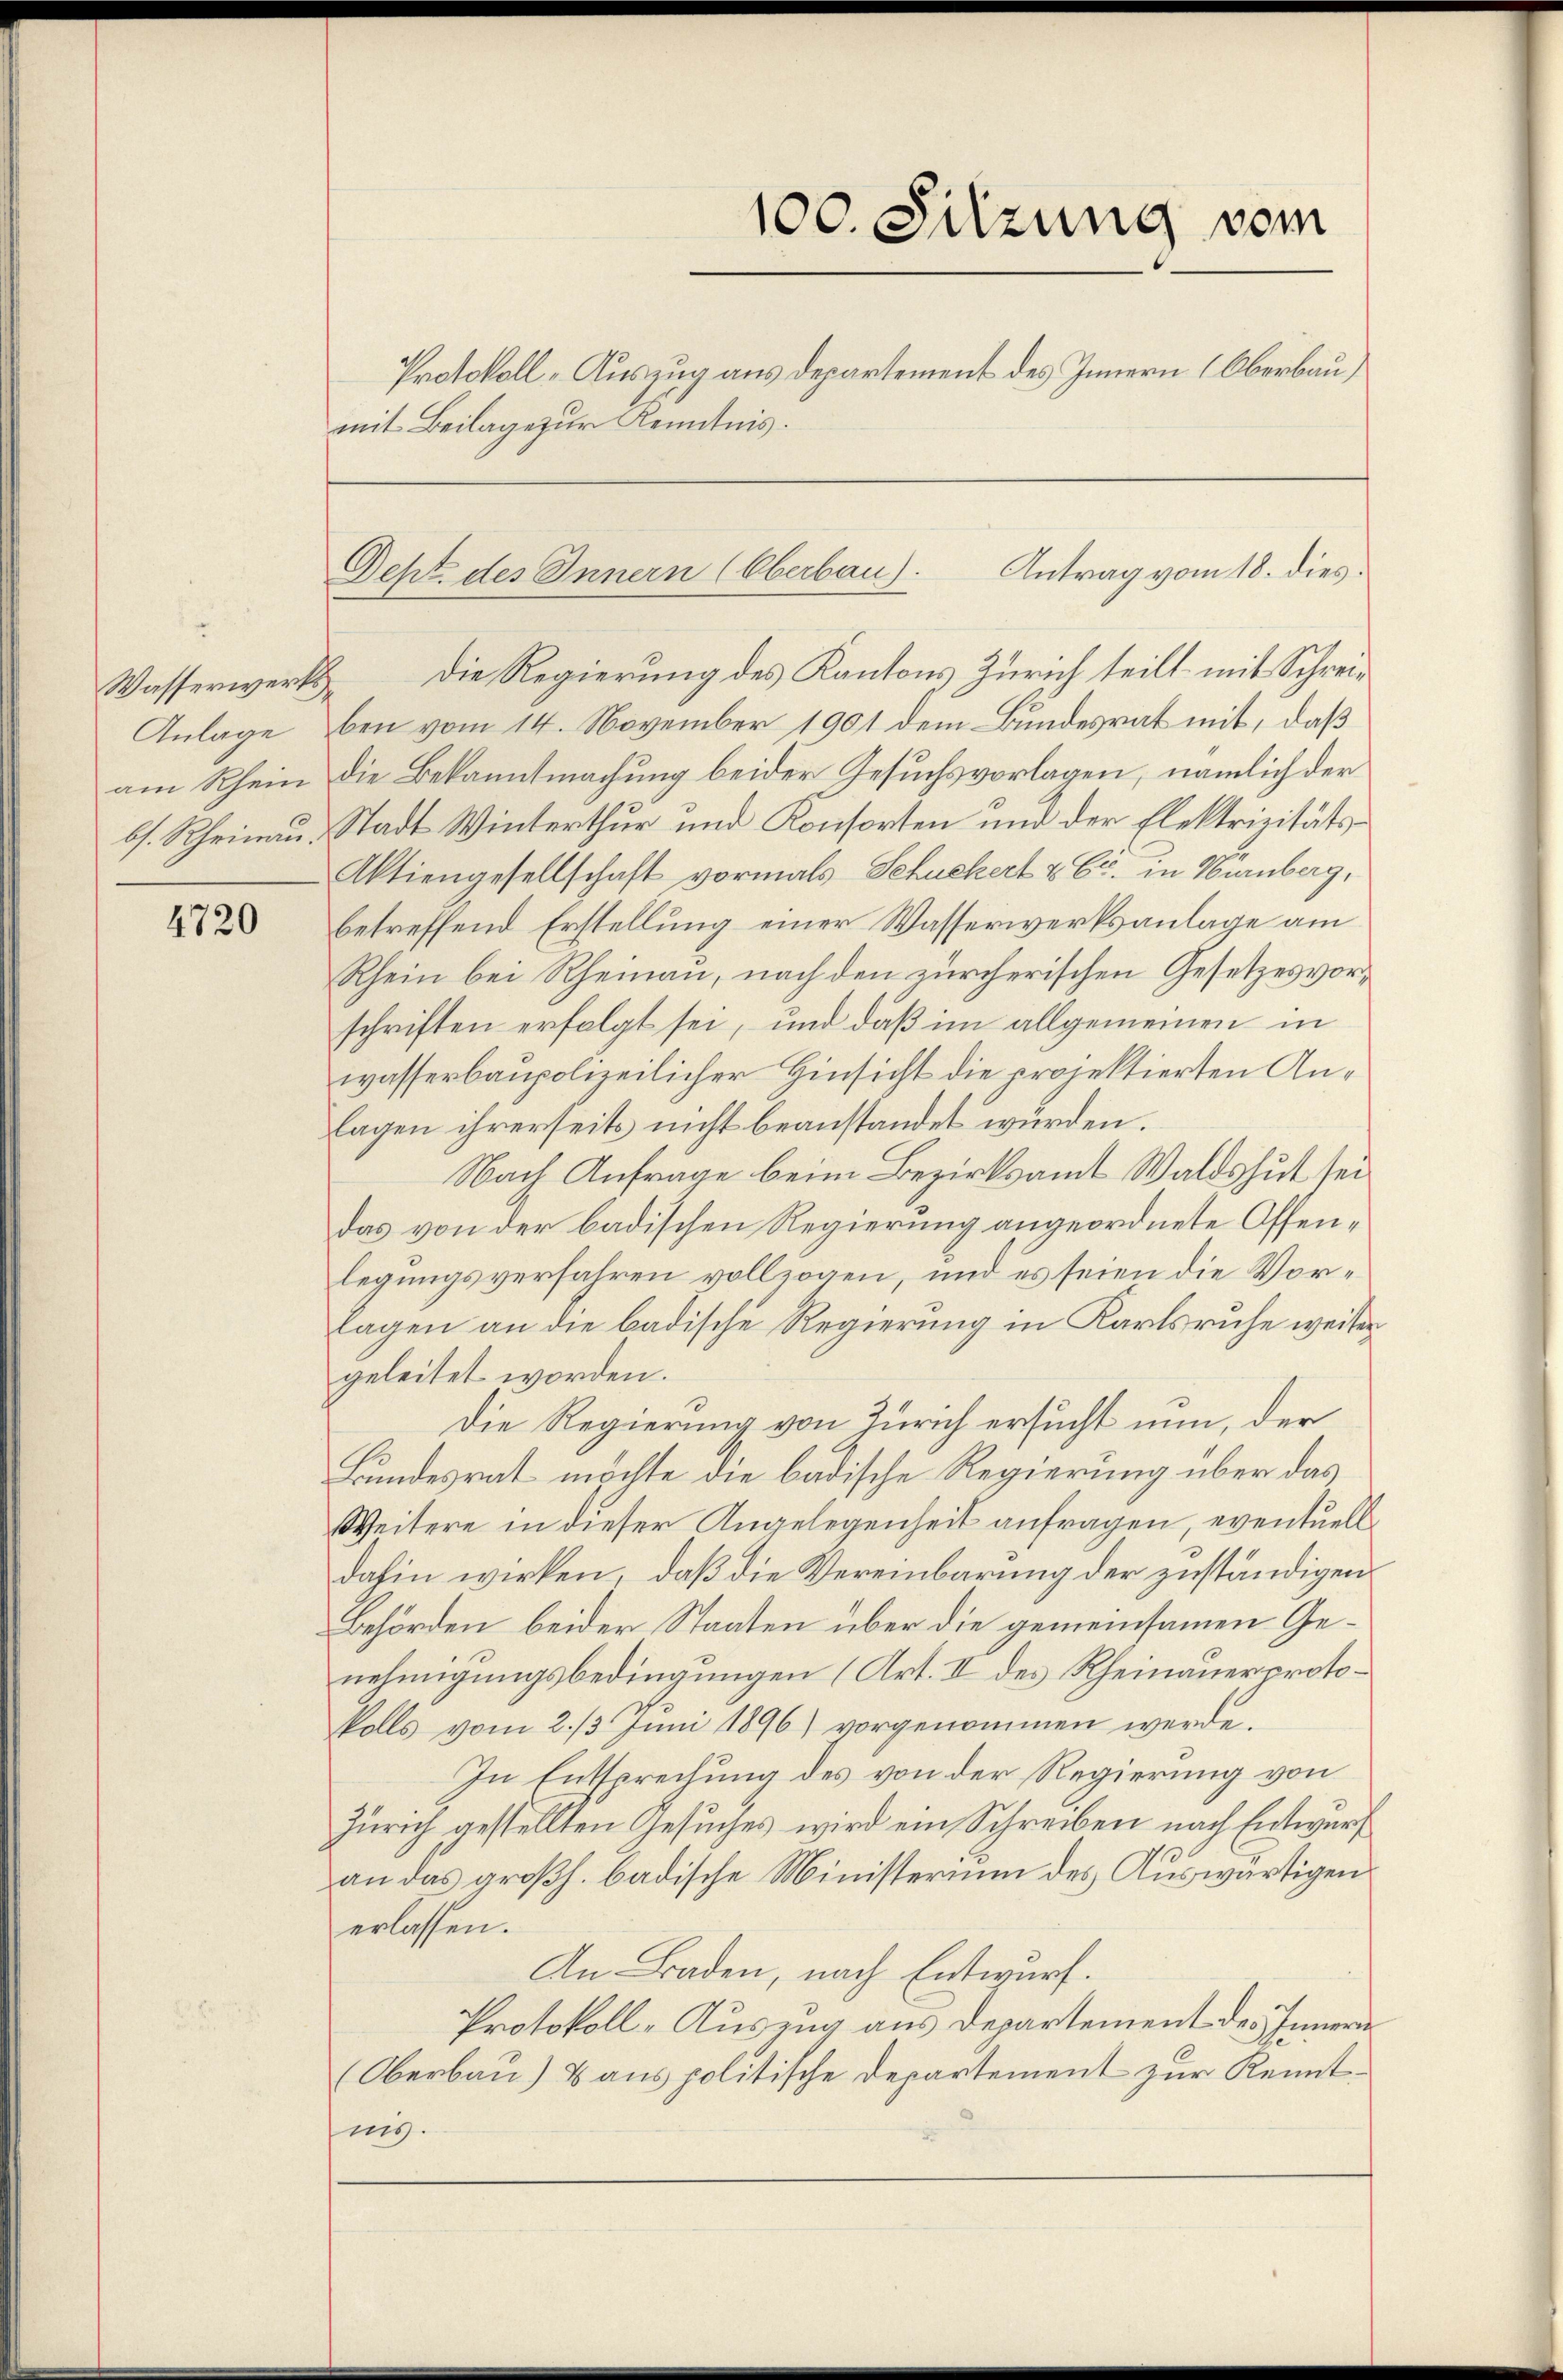
Wasserwerks¬
Anlage

4720

die Regierung des Kantons Zürich teilt mit Schreiben vom 14. November 1901 dem Bundesrat mit, daß
am Rhein die Bekanntmachung beider Gesuchsvorlagen, nämlich der
bs. Rheinau, Stadt Winterthur und Konsorten und der Elektrizitäts¬
Aktiengesellschaft vormals Schuckert & Er. in Nürnberg,
betreffend Erstellung einer Wasserwerksanlage am
Rhein bei Rheinau, nach den zürcherischen Gesetzesvorschriften erfolgt sei, und daß im allgemeinen in
wasserbaupolizeilicher Hinsicht die projektierten Anlagen ihrerseits nicht beanstandet würden.
Nach Anfrage beim Bezirksamt Waldshut sei
das von der badischen Regierung angeordnete Offenlegungsverfahren vollzogen, und es seien die Vorlagen an die badische Regierung in Karlsruhe weiser
geleitet worden.
Die Regierung von Zürich ersucht nun, der
Bundesrat möchte die badische Regierung über das
Weitere in dieser Angelegenheit anfragen, eventuelldahin wirken, daß die Vereinbarung der zuständigen
Behörden beider Staaten über die gemeinsamen Genehmigungsbedingungen (Art. II des Rheinauer proto¬
Volls vom 2. 13. Juni 1896) vorgenommen werde.
In Entsprechung des von der Regierung von
Zürich gestellten Gesuches wird ein Schreiben nach Entwurf
an das großh. badische Ministerium des Auswärtigen
erlassen.
An Baden, nach Entwurf.
Protokoll-Auszug aus Departement des Innern
(Oberbau) & aus politische Departement zur Kenntnig.

mit Beilage zur Kenntnis.

100. Sitzung vom
Protokoll-Auszug aus Departement des Innern (Oberbau

Antrag vom 18. dies
Dept. des Innern (Oberbau).